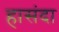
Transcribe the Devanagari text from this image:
हासंदा